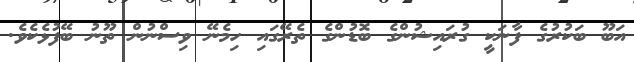
އަބޫ ބަކުރުގެ ފާނަކީ ގުރައިޝުންގެ ބޮޑުންގެ ތެރޭގައި ހިމެނޭ ވިސްނުން ތޫނު ބޭފުޅެކެވެ.